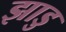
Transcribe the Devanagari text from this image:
झाडु